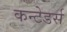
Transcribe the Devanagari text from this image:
कन्टेडर्स